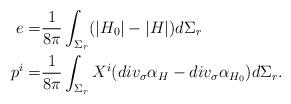
LaTeX: \begin{align*} e = &\frac{1}{8 \pi} \int_{\Sigma_r}(|H_0|-|H|) d\Sigma_r \\ p^i =& \frac{1}{8 \pi} \int_{\Sigma_r} X^i ( div_{\sigma} \alpha_{H} - div_{\sigma} \alpha_{H_0} )d \Sigma_r. \end{align*}